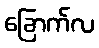
ခြောက်လ